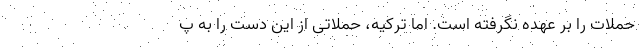
حملات را بر عهده نگرفته است. اما ترکیه، حملاتی از این دست را به پ